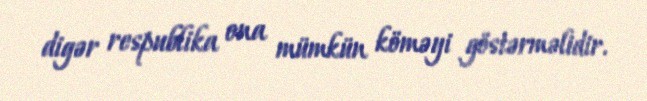
digər respublika ona mümkün köməyi göstərməlidir.